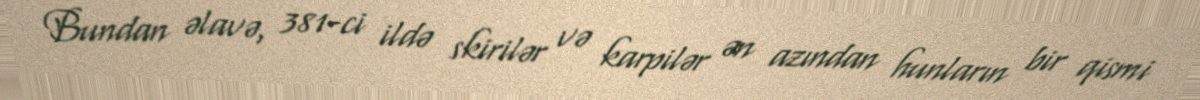
Bundan əlavə, 381-ci ildə skirilər və karpilər ən azından hunların bir qismi